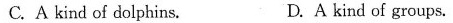
C. A kind of dolphins. D. A kind of groups.